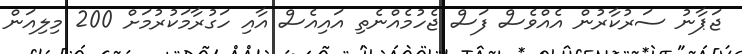
ޖަޕާނު ސަރުކާރުން އެއްވެސް ފަސް ޖެހުމެއްނެތި އައިއެސް އާއި ހަގުރާމަކުރުމަށް 200 މިލިއަން